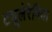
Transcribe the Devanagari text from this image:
ट्यूलेरेमिया